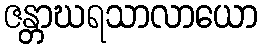
ဇန္တာဃရသာလာယော